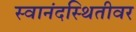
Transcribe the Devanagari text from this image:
स्वानंदस्थितीवर